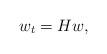
LaTeX: \begin{align*}w_t = H w,\end{align*}